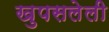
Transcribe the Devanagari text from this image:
खुपसलेली